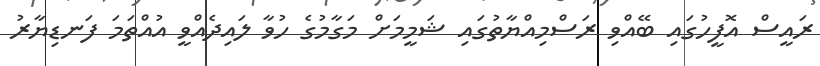
ރައީސް އޮފީހުގައި ބޭއްވި ރަސްމިއްޔާތުގައި ޝަމީމަށް މަގާމުގެ ހުވާ ލައިދެއްވީ އުއްތަމަ ފަނޑިޔާރު